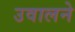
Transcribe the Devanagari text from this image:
उवालने